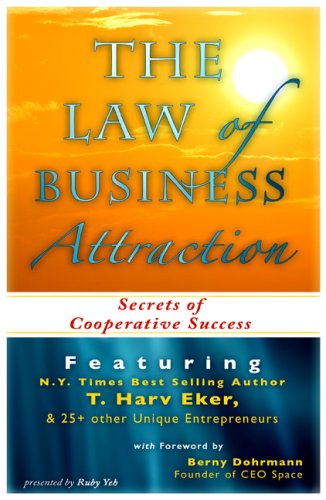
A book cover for Law of Business Attraction; Ruby Yeh; Business & Money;